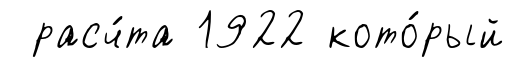
расч́та 1922 кото́рый